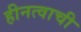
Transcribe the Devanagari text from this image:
हीनत्वाची